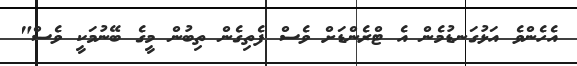
އެހެންވެ އަޅުގަނޑުމެން އެ ޓްރެންޑަށް ވެސް ފެތިގެން ތިބުން މީގެ ބޭނުމަކީ ވެސް"